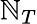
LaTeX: \mathbb{N}_{T}